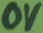
Text: 0V